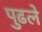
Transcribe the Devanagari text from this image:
पुढले